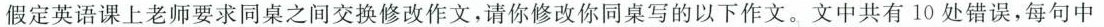
假定英语课上老师要求同桌之间交换修改作文，请你修改你同桌写的以下作文。文中共有10处错误，每句中